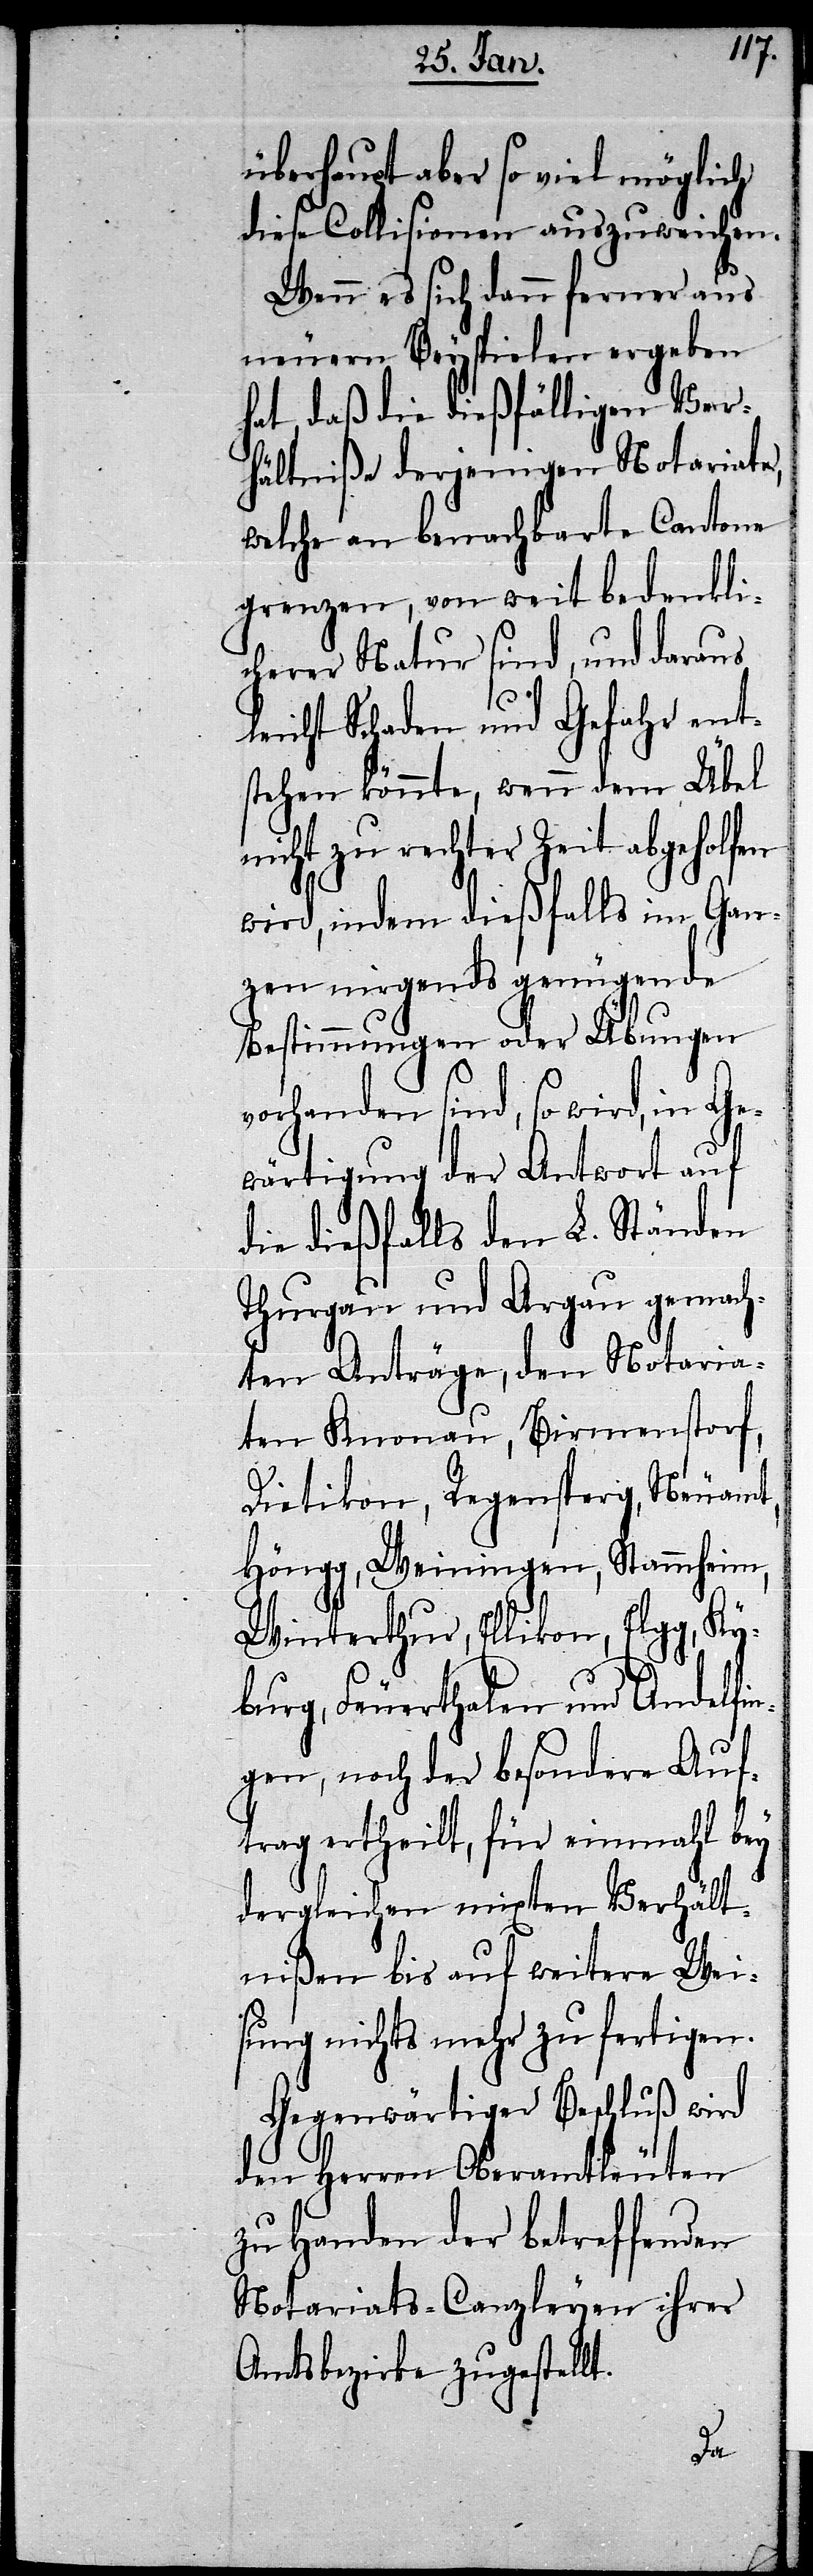
überhaupt aber so viel möglich
diese Collisionen auszuweichen.
Wenn es sich dann ferner aus
neuern Beyspielen ergeben
hat, daß die dießfälligen Ver¬
hältniße derjenigen Notariate,
welche an benachbarte Cantone
grenzen, von weit bedenkli¬
cherer Natur sind, und daraus
leicht Schaden und Gefahr ent¬
stehen könnte, wenn dem Übel
nicht zu rechter Zeit abgeholfen
wird, indem dießfalls im Gan¬
zen nirgends genügende
Bestimmungen oder Übungen
vorhanden sind, so wird, in Ge¬
wärtigung der Antwort auf
die dießfalls den L. Ständen
Thurgau und Argau gemach¬
ten Anträge, den Notaria¬
ten Knonau, Birmenstorf,
Dietikon, Regensperg, Neuamt,
Höngg, Weiningen, Stammheim,
Winterthur, Ellikon, Elgg, Ky¬
burg, Feuerthalen und Andelfi¬
ngen, noch der besondere Auf¬
trag ertheilt, für einmahl bey
dergleichen mixten Verhält¬
nißen bis auf weitere Wei¬
sung nichts mehr zu fertigen.
Gegenwärtiger Beschluß wird
den Herren Oberamtleuten
zu Handen der betreffenden
Notariats-Canzleyen ihrer
Amtsbezirke zugestellt.